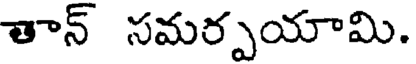
తాన్ సమర్పయామి.